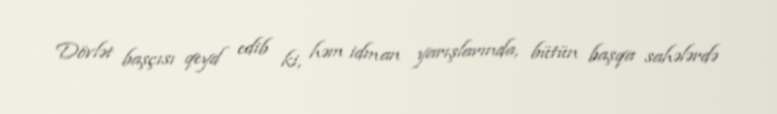
Dövlət başçısı qeyd edib ki, həm idman yarışlarında, bütün başqa sahələrdə